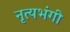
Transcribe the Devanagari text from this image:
नृत्यभंगी